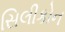
સિલીકોન